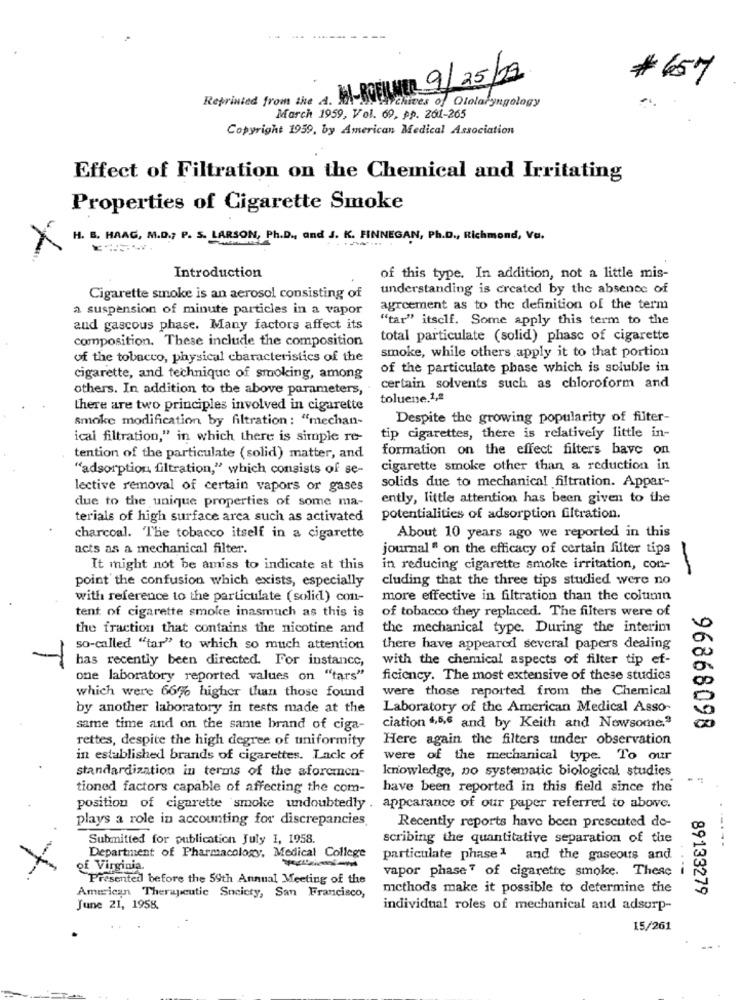
Reprinted from the A. M-ROELMER 9/25/09
# 657
archives of Ololaryngology
March 1959, Vol. 69, pp. 261-265
Copyright 1959, by American Medical Association
Effect of Filtration on the Chemical and Irritating
Properties of Cigarette Smoke
H. B. HAAG, M.D .; P. S. LARSON, Ph.D ., and J. K. FINNEGAN, Ph.D ., Richmond, Vu.
Introduction
of this type. In addition, not a little mis-
understanding is created by the absence of
Cigarette smoke is an aerosol consisting of
a suspension of minute particles in a vapor
agreement as to the definition of the term
"tar" itself. Some apply this term to the
and gascous phase. Many factors affect its
composition. These include the composition
total particulate (solid) phase of cigarette
smoke, while others apply it to that portion
of the tobacco, physical characteristics of the
of the particulate phase which is soluble in
cigarette, and technique of smoking, among
others. In addition to the above parameters,
certain solvents such as chloroform and
toluene.1,2
there are two principles involved in cigarette
smoke modification by filtration : "mechan-
Despite the growing popularity of filter-
ical filtration," in which there is simple re-
tip cigarettes, there is relatively little in-
formation on the effect filters bave on
tention of the particulate (solid) matter, and
"adsorption filtration," which consists of se-
cigarette smoke other than a reduction in
lective removal of certain vapors or gases
solids due to mechanical filtration. Appar-
due to the unique properties of some ma-
ently, little attention has been given to the
terials of high surface area such as activated
potentialities of adsorption filtration.
charcoal. The tobacco itself in a cigarette
About 10 years ago we reported in this
acts as a mechanical filter.
journal " on the efficacy of certain filter tips
It might not be amiss to indicate at this
in reducing cigarette smoke irritation, con-
-
point the confusion which exists, especially
cluding that the three tips studied were no
with reference to the particulate (solid) con-
more effective in filtration than the column
tent of cigarette smoke inasmuch as this is
of tobacco they replaced. The filters were of
the fraction that contains the nicotine and
the mechanical type. During the interim
so-called "tar" to which so much attention
there have appeared several papers dealing
has recently been directed. For instance,
with the chemical aspects of filter tip ef-
one laboratory reported values on "tars"
ficiency. The most extensive of these studies
which were 66% higher than those found
were those reported from the Chemical
by another laboratory in tests made at the
Laboratory of the American Medical Asso-
same time and on the same brand of ciga-
ciation 4,5,6 and by Keith and Nowsome,"
96868098
rettes, despite the high degree of uniformity
Here again the filters under observation
in established brands of cigarettes. Lack of
were of the mechanical type. To our
standardization in terms of the aforemen-
knowledge, no systematic biological studies
tioned factors capable of affecting the com-
have been reported in this field since the
position of cigarette smoke undoubtedly . appearance of our paper referred to above.
plays a role in accounting for discrepancies
Recently reports have been presented de-
Submitted for publication July 1, 1958.
scribing the quantitative separation of the
---
Department of Pharmacology, Medical College
particulate phase1 and the gaseous and
of Virginia.
vapor phase of cigarette smoke. These i
Presented before the 59th Annual Meeting of the
methods make it possible to determine the
89133279
American Therapeutic Society, San Francisco,
June 21, 1958.
individual roles of mechanical and adsurp-
15/261